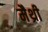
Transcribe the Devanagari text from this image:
मैथ्री